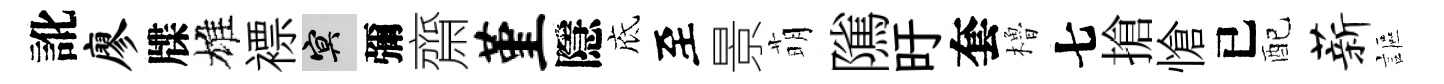
訛廖牒雄褾冥彌齋堇隱底至景萌隲旴套櫓七搶愴已配薪謳